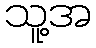
သူ့အ